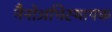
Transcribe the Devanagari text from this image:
नैनोअभिस्थापक